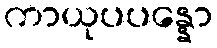
ကာယုပပန္နော